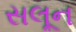
સલૂન